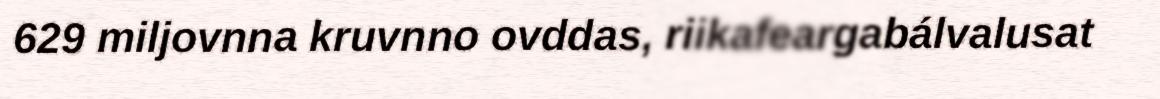
629 miljovnna kruvnno ovddas, riikafeargabálvalusat